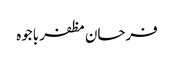
فرحان مظفر باجوہ